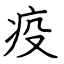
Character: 疫